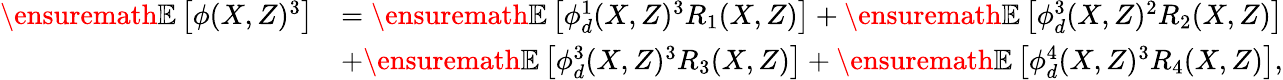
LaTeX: \begin{array}{rl}{\ensuremath{\mathbb{E}\left[\phi(X,Z)^{3}\right]}}&{=\ensuremath{\mathbb{E}\left[\phi_{d}^{1}(X,Z)^{3}R_{1}(X,Z)\right]}+\ensuremath{\mathbb{E}\left[\phi_{d}^{3}(X,Z)^{2}R_{2}(X,Z)\right]}}\\ &{+\ensuremath{\mathbb{E}\left[\phi_{d}^{3}(X,Z)^{3}R_{3}(X,Z)\right]}+\ensuremath{\mathbb{E}\left[\phi_{d}^{4}(X,Z)^{3}R_{4}(X,Z)\right]},}\end{array}